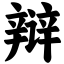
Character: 辩